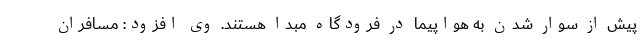
پیش از سوار شدن به هواپیما در فرودگاه مبدا هستند. وی افزود: مسافران